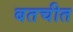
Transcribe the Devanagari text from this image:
बतचीत